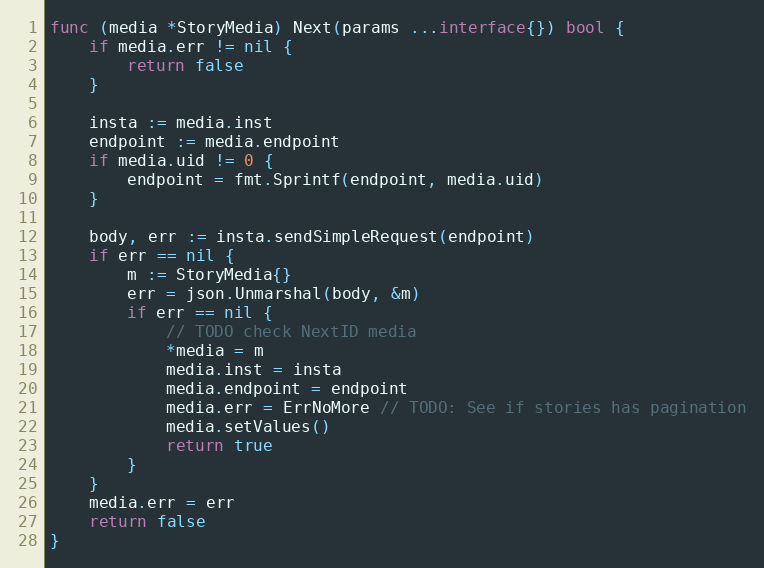
Language: Go
func (media *StoryMedia) Next(params ...interface{}) bool {
	if media.err != nil {
		return false
	}

	insta := media.inst
	endpoint := media.endpoint
	if media.uid != 0 {
		endpoint = fmt.Sprintf(endpoint, media.uid)
	}

	body, err := insta.sendSimpleRequest(endpoint)
	if err == nil {
		m := StoryMedia{}
		err = json.Unmarshal(body, &m)
		if err == nil {
			// TODO check NextID media
			*media = m
			media.inst = insta
			media.endpoint = endpoint
			media.err = ErrNoMore // TODO: See if stories has pagination
			media.setValues()
			return true
		}
	}
	media.err = err
	return false
}